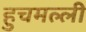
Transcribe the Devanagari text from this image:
हुचमल्ली